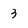
Character: 3